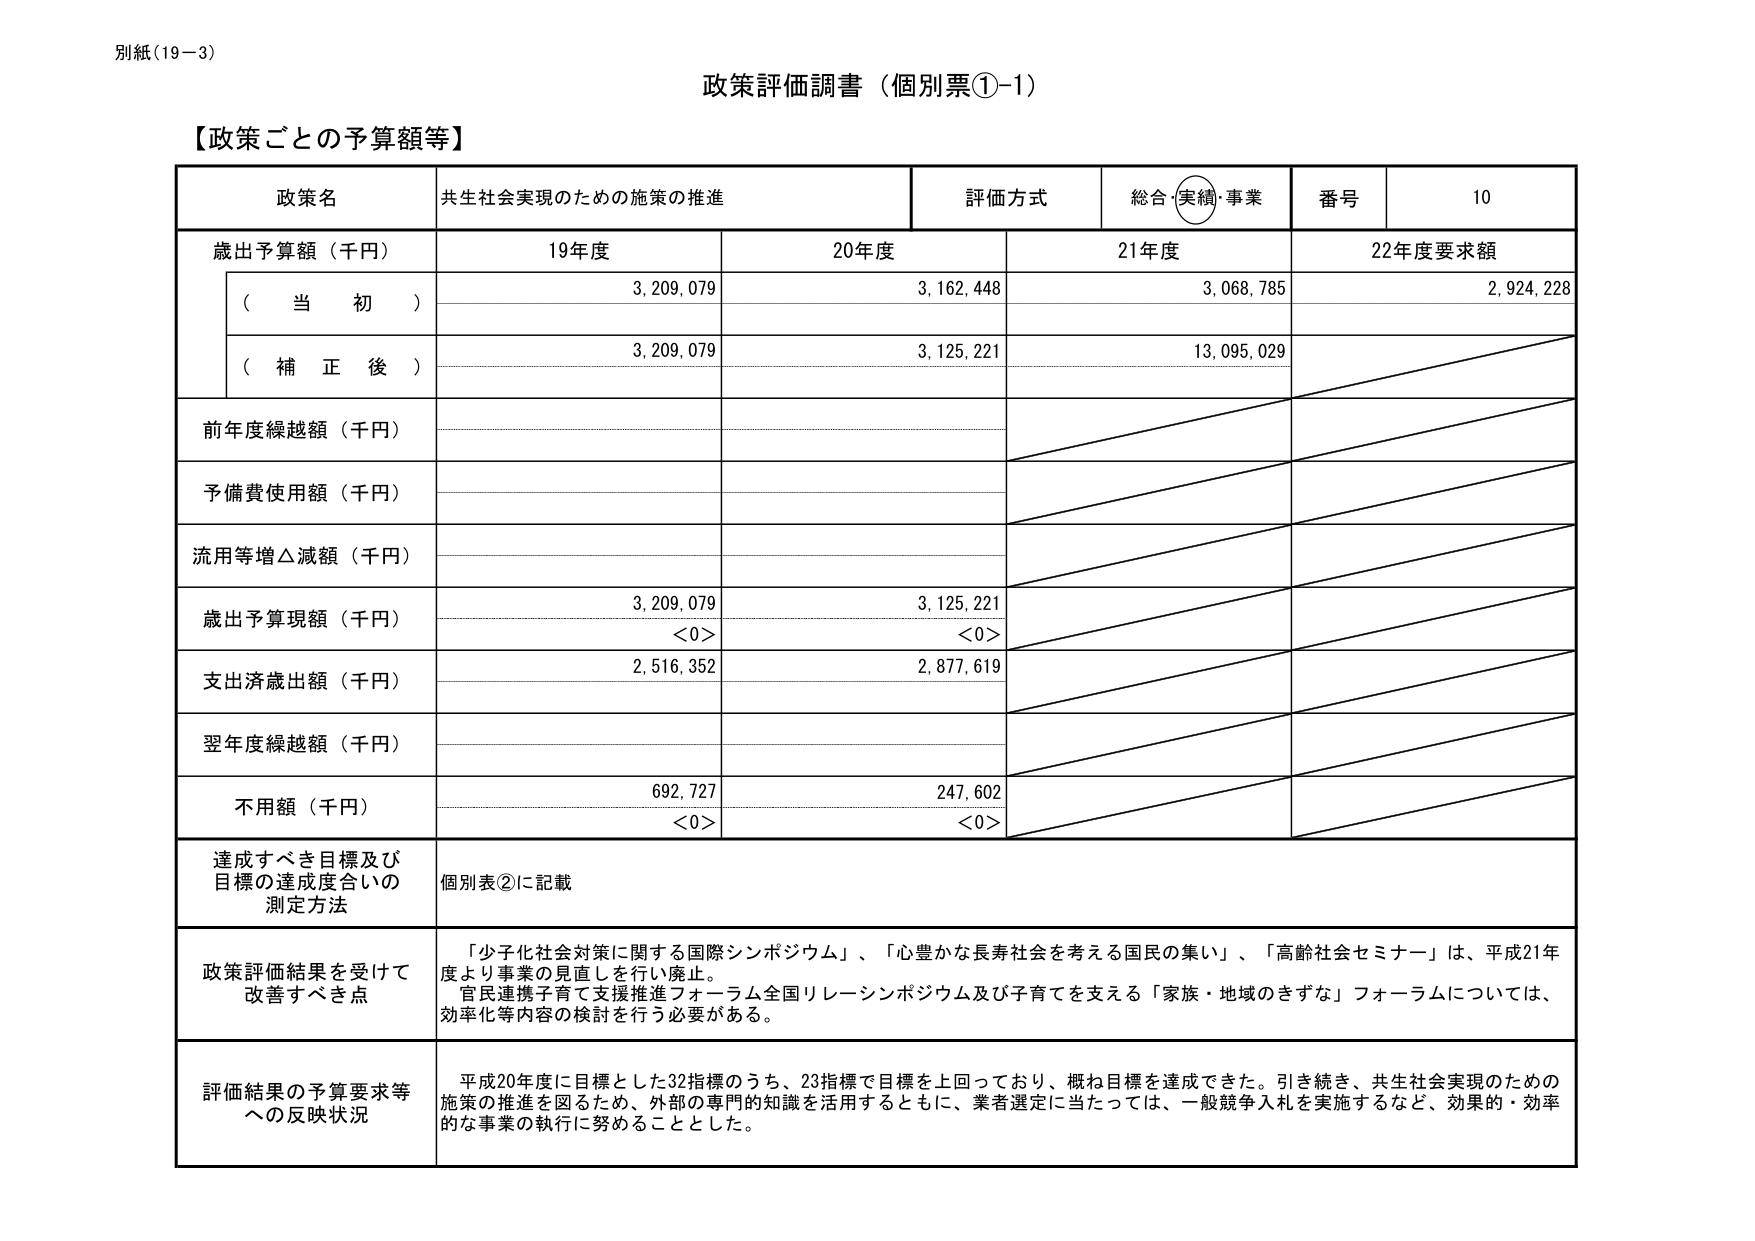
別紙（19－3）

政策評価調書（個別票①-1）

【政策ごとの予算額等】

政策名　共生社会実現のための施策の推進
評価方式　総合・実績・事業
番号　10

歳出予算額（千円）
　（当初）　19年度　3,209,079　20年度　3,162,448　21年度　3,068,785　22年度要求額　2,924,228
　（補正後）　3,209,079　3,125,221　13,095,029

前年度繰越額（千円）
予備費使用額（千円）
流用等増△減額（千円）

歳出予算現額（千円）　3,209,079　3,125,221　<0>　<0>
支出済歳出額（千円）　2,516,352　2,877,619
翌年度繰越額（千円）
不用額（千円）　692,727　247,602　<0>　<0>

達成すべき目標及び
目標の達成度合いの
測定方法　個別表②に記載

政策評価結果を受けて
改善すべき点　「少子化社会対策に関する国際シンポジウム」、「心豊かな長寿社会を考える国民の集い」、「高齢社会セミナー」は、平成21年度より事業の見直しを行い廃止。
官民連携子育て支援推進フォーラム全国リレーシンポジウム及び子育てを支える「家族・地域のきずな」フォーラムについては、効率化等内容の検討を行う必要がある。

評価結果の予算要求等
への反映状況　平成20年度に目標とした32指標のうち、23指標で目標を上回っており、概ね目標を達成できた。引き続き、共生社会実現のための施策の推進を図るため、外部の専門的知識を活用するとともに、業者選定に当たっては、一般競争入札を実施するなど、効果的・効率的な事業の執行に努めることとした。